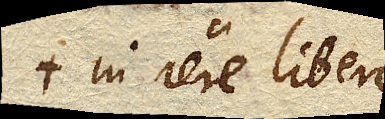
in aere libero